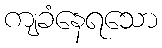
ကျခံနေရသော